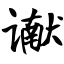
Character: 谳